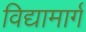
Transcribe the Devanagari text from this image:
विद्यामार्ग